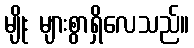
မျိုး များစွာရှိလေသည်။